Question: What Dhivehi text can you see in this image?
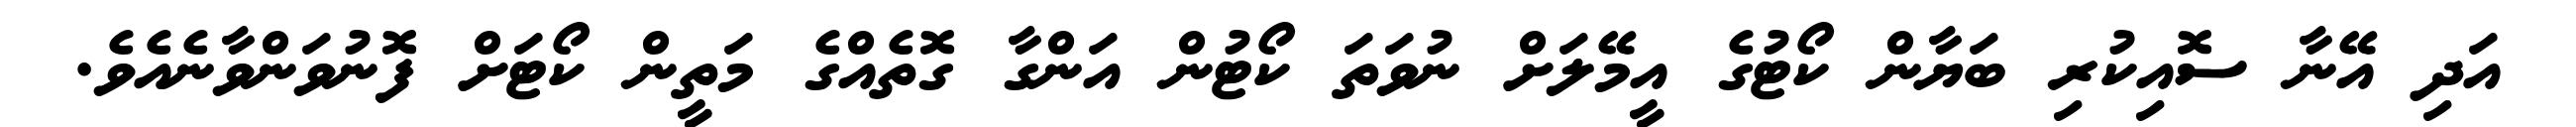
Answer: އަދި އޭނާ ސޮއިކުރި ބަޔާން ކޯޓުގެ އީމޭލަށް ނުވަތަ ކޯޓުން އަންގާ ގޮތެއްގެ މަތީން ކޯޓަށް ފޮނުވަންވާނެއެވެ.